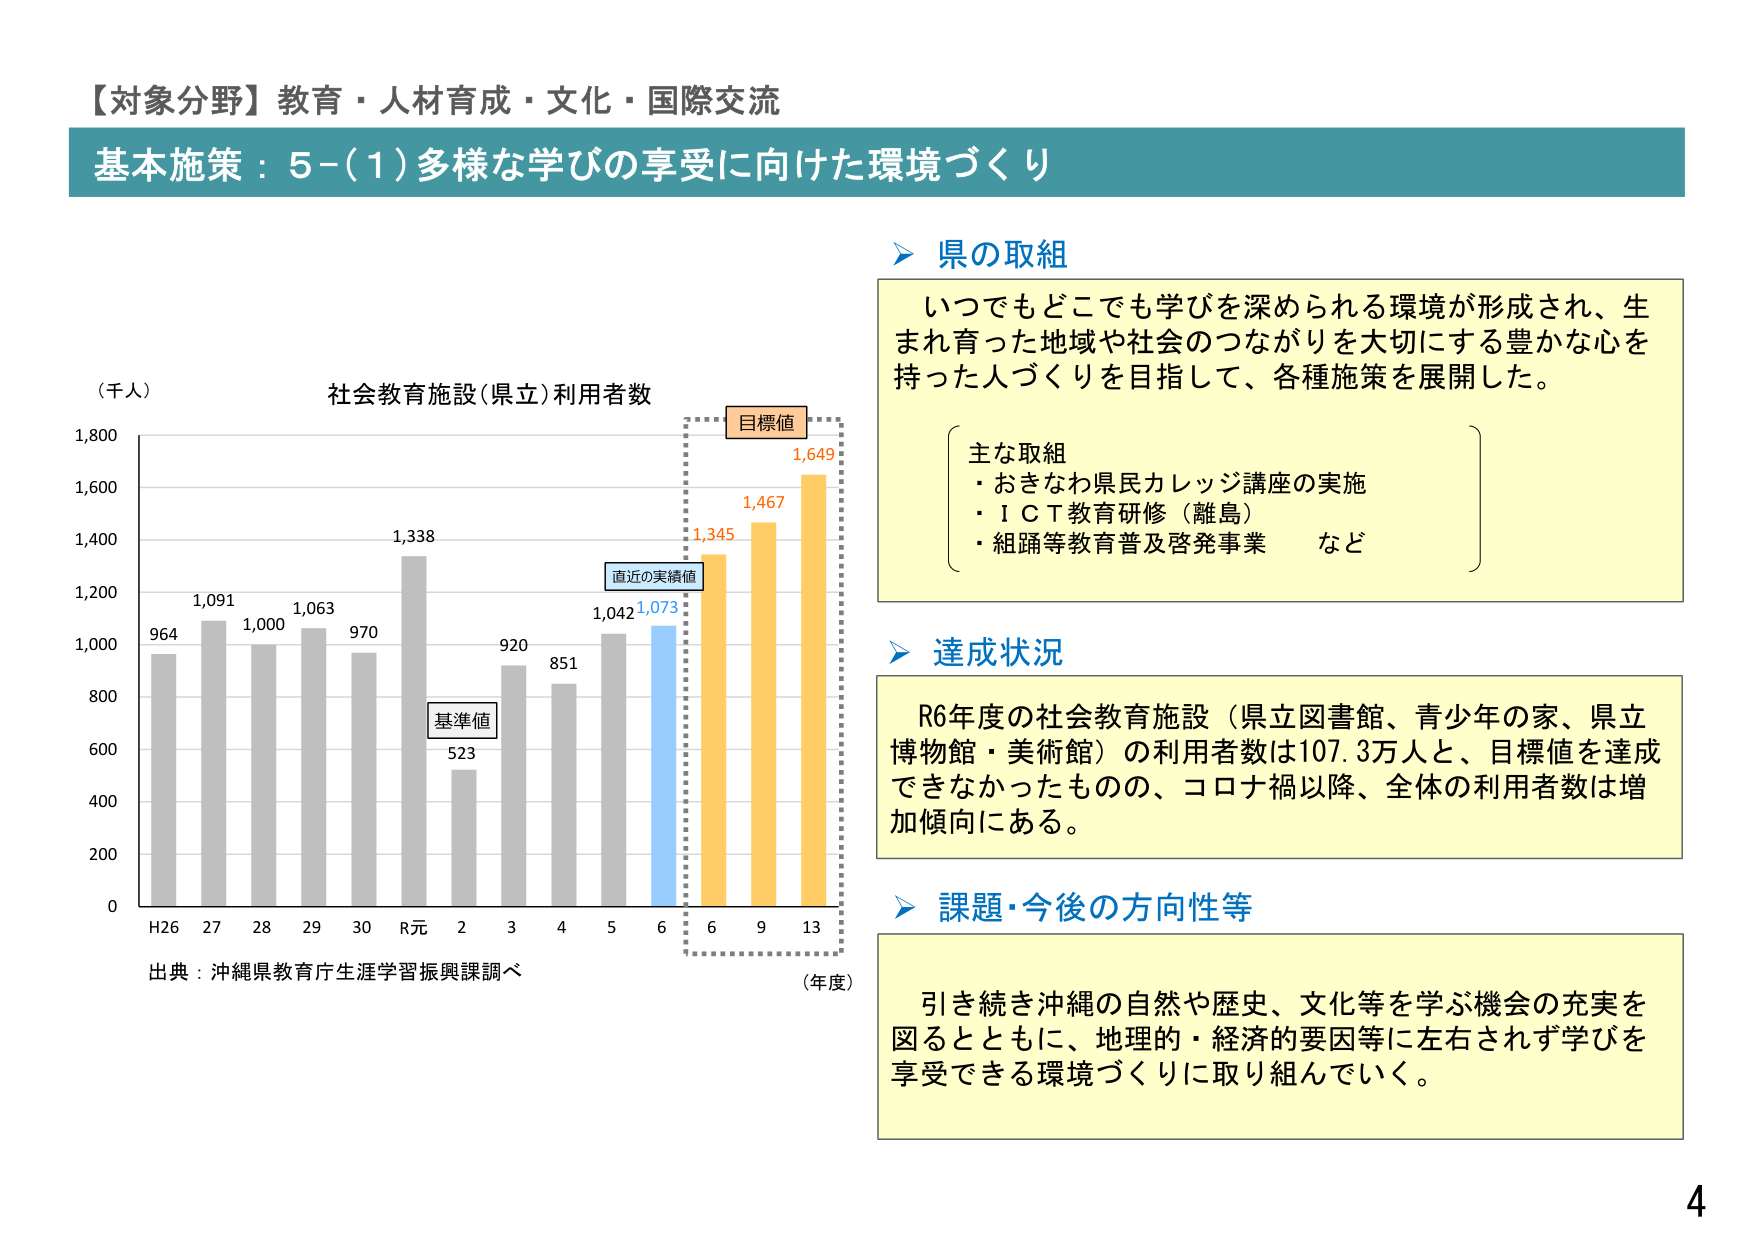
【対象分野】教育・人材育成・文化・国際交流
基本施策：5-(1)多様な学びの享受に向けた環境づくり

（千人）
社会教育施設（県立）利用者数
964
1,091
1,000
1,063
970
1,338
523
920
851
1,042
1,073
1,345
1,467
1,649
目標値
直近の実績値
基準値
H26 27 28 29 30 R元 2 3 4 5 6 6 9 13
（年度）
出典：沖縄県教育庁生涯学習振興課調べ

県の取組
いつでもどこでも学びを深められる環境が形成され、生まれ育った地域や社会のつながりを大切にする豊かな心を持った人づくりを目指して、各種施策を展開した。
主な取組
・おきなわ県民カレッジ講座の実施
・ＩＣＴ教育研修（離島）
・組踊等教育普及啓発事業　など

達成状況
R6年度の社会教育施設（県立図書館、青少年の家、県立博物館・美術館）の利用者数は107.3万人と、目標値を達成できなかったものの、コロナ禍以降、全体の利用者数は増加傾向にある。

課題・今後の方向性等
引き続き沖縄の自然や歴史、文化等を学ぶ機会の充実を図るとともに、地理的・経済的要因等に左右されず学びを享受できる環境づくりに取り組んでいく。

4